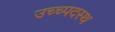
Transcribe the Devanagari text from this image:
उच्च्पदस्थ